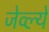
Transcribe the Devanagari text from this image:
जेव्ल्ये